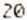
20